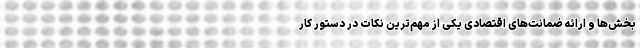
بخش‌ها و ارائه ضمانت‌های اقتصادی یکی از مهم‌ترین نکات در دستور کار